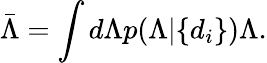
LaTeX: \bar{\Lambda}=\int d\Lambda p(\Lambda|\{ d_{i}\} )\Lambda.